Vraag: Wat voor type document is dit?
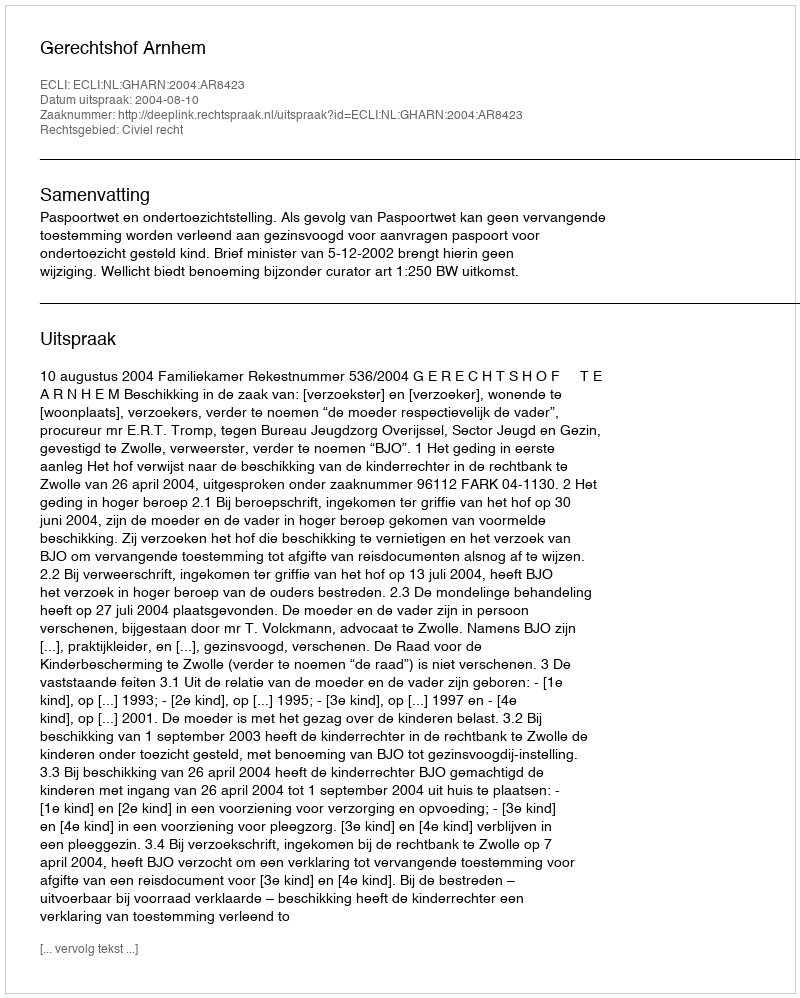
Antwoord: Uitspraak